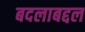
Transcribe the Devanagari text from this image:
बदलाबद्दल